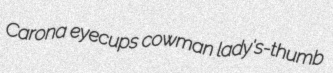
Carona eyecups cowman lady's-thumb